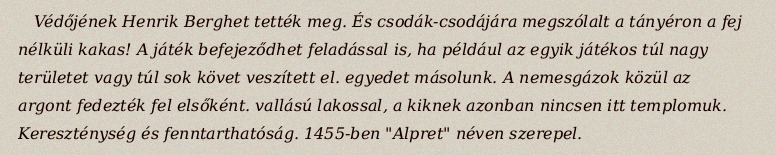
Védőjének Henrik Berghet tették meg. És csodák-csodájára megszólalt a tányéron a fej nélküli kakas! A játék befejeződhet feladással is, ha például az egyik játékos túl nagy területet vagy túl sok követ veszített el. egyedet másolunk. A nemesgázok közül az argont fedezték fel elsőként. vallású lakossal, a kiknek azonban nincsen itt templomuk. Kereszténység és fenntarthatóság. 1455-ben "Alpret" néven szerepel.